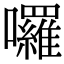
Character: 囉